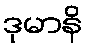
ဒုမာနိ